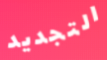
التجديد